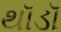
થૉડૉ